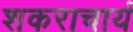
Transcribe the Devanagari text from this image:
शकराचार्य